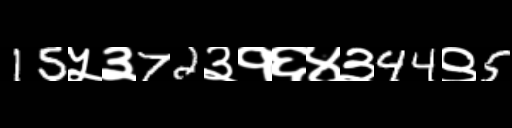
Text: 15५३72३१६४३44९5